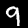
Label: 9